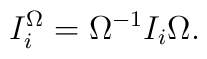
I_{i}^{\Omega}=\Omega^{-1}I_{i} \Omega .